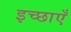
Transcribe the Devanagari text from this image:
इच्‍छाएँ